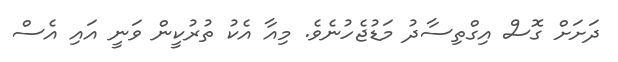
ދަށަށް ގޮސް އިގްތިސާދު މަޑުޖެހުނެވެ. މިއާ އެކު ތުރުކީން ވަނީ އައި އެސް